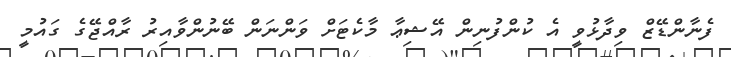
ފެނާންޑޭޒް ވިދާޅުވީ އެ ކުންފުނިން އޭޝިޢާ މާކެޓަށް ވަންނަން ބޭނުންވާއިރު ރާއްޖޭގެ ގައުމީ